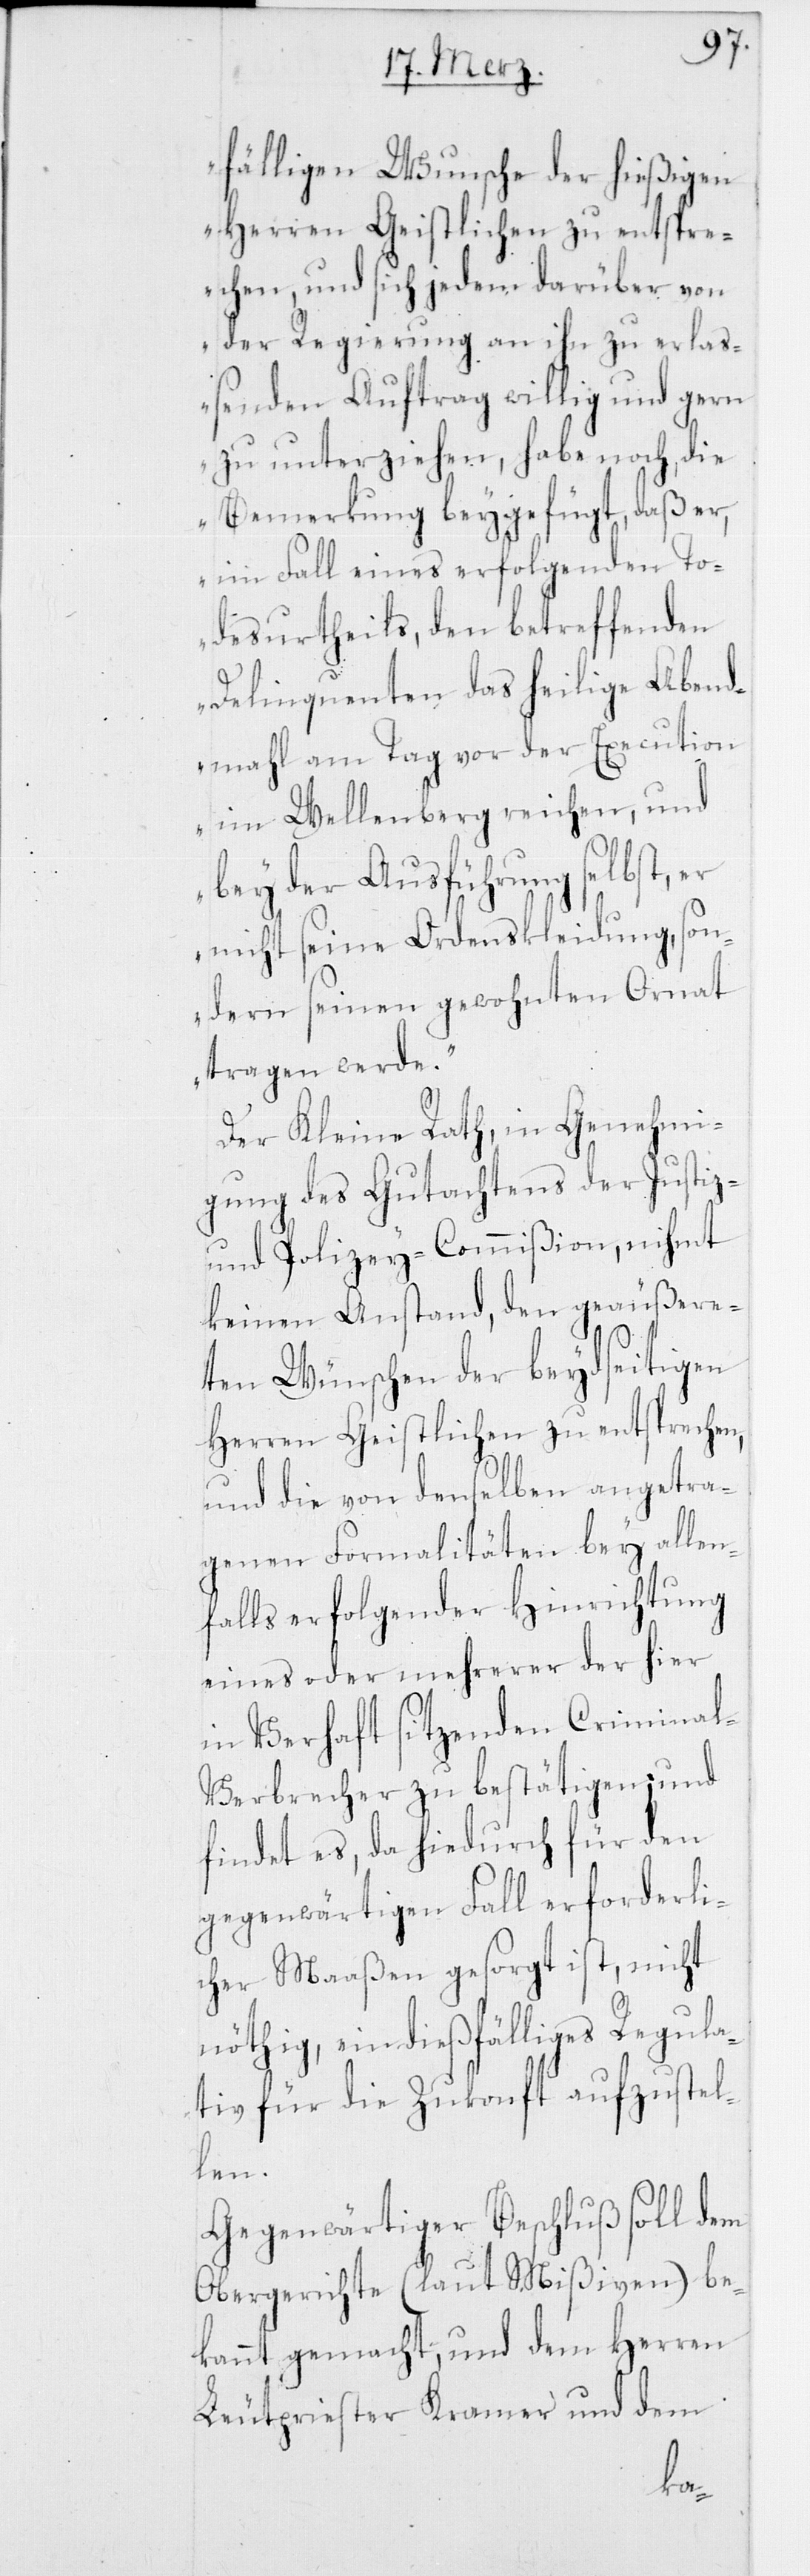
fälligen Wunsche der hießigen
Herren Geistlichen zu entspre¬
chen, und sich jedem darüber von
der Regierung an ihn zu erlaß¬
enden Auftrag willig und gern
zu unterziehen, habe noch die
Bemerkung beygefügt, daß er,
im Fall eines erfolgenden To¬
desurtheils, den betreffenden
Delinquenten das heilige Abend¬
mahl am Tag vor der Execution
im Wellenberg reichen, und
bey der Ausführung selbst, er
nicht seine Ordenskleidung, son¬
dern seinen gewohnten Ornat
tragen werde.“
Der Kleine Rath, in Genehmi¬
gung des Gutachtens der Justiz-
und Polizey-Commißion, nimht
keinen Anstand, den geäußere¬
ten Wünschen der beydseitigen
Herren Geistlichen zu entsprechen,
und die von denselben angetra¬
genen Formalitäten bey allen¬
falls erfolgender Hinrichtung
eines oder mehrerer der hier
in Verhaft sitzenden Crimina¬
l-Verbrecher zu bestätigen, und
findet es, da hiedurch für den
gegenwärtigen Fall erforderli¬
cher Maaßen gesorgt ist, nicht
nöthig, ein dießfälliges Regula¬
tiv für die Zukonft aufzustel¬
len.
Gegenwärtiger Beschluß soll dem
Obergerichte (laut Mißiven) be¬
kannt gemacht, und dem Herren
Leutpriester Kramer und dem